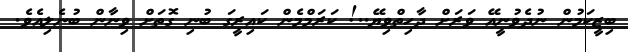
ބިޒީކަމުން ނުދެވުނީއޭ ވަރަށް ދާހިތްވިޔޭ..! ކަރަމްމެން ކައިރީގަ ބުނި ގޮތަށް ވިނާން ބުނެލިއެވެ.